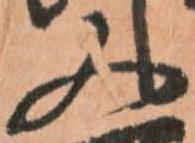
又